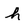
Character: h